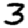
Digit: 3